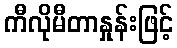
ကီလိုမီတာနှုန်းဖြင့်